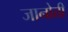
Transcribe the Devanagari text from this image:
जानोत्ती